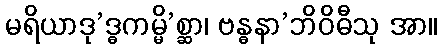
မရိယာဒု’ဒ္ဓကမ္မိ’စ္ဆာ၊ ဗန္ဓနာ’ဘိဝိဓီသု အာ။